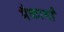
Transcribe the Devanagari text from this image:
मैकार्थों